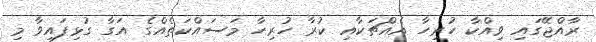
ރާއްޖޭގައި ވިއްކާ ހުރިހާ އެއްޗަކާއި ކުރާ ހުރިހާ މަސައްކަތެއްގެ އަގާ ގުޅިފައިވާ މި